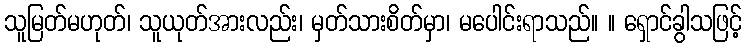
သူမြတ်မဟုတ်၊ သူယုတ်အားလည်း၊ မှတ်သားစိတ်မှာ၊ မပေါင်းရာသည်။ ။ ရှောင်ခွါသဖြင့်